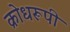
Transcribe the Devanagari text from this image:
क्रोधरूपी